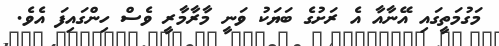
މަގުމަތީގައި އޭނާއާ އެ ރަށުގެ ބަޔަކު ވަނީ މާރާމާރީ ވެސް ހިންގައިފަ އެވެ.